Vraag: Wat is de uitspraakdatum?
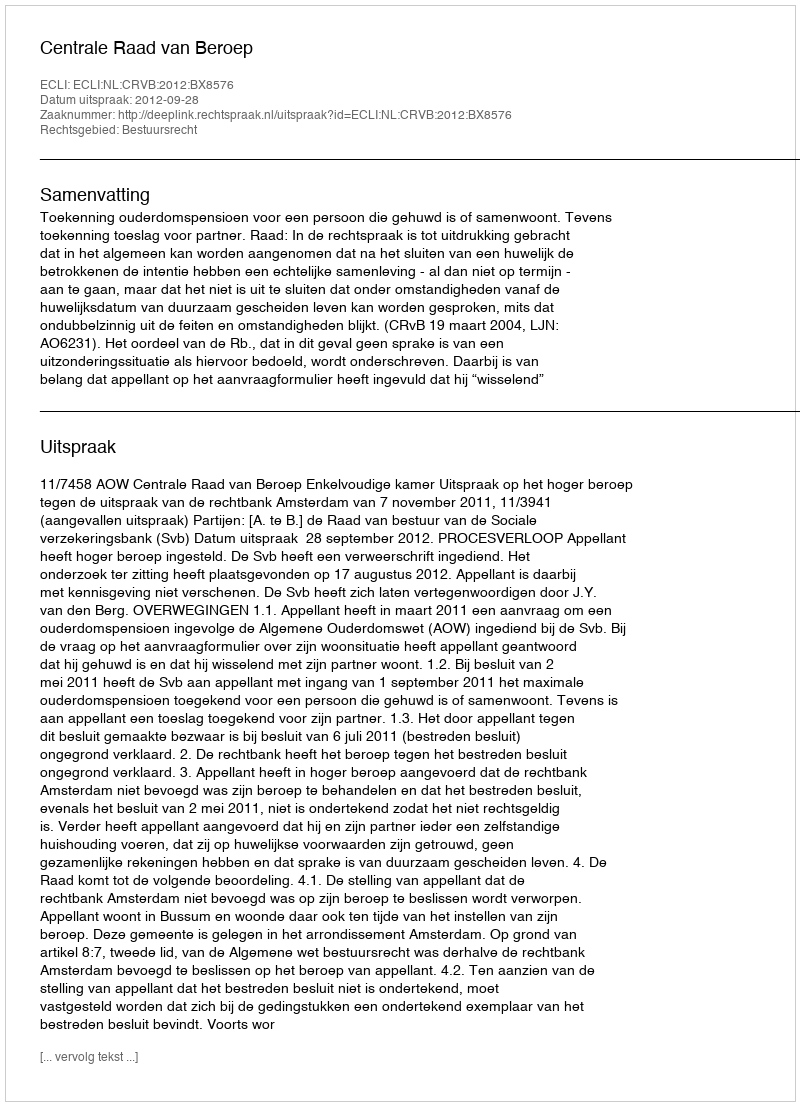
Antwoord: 2012-09-28